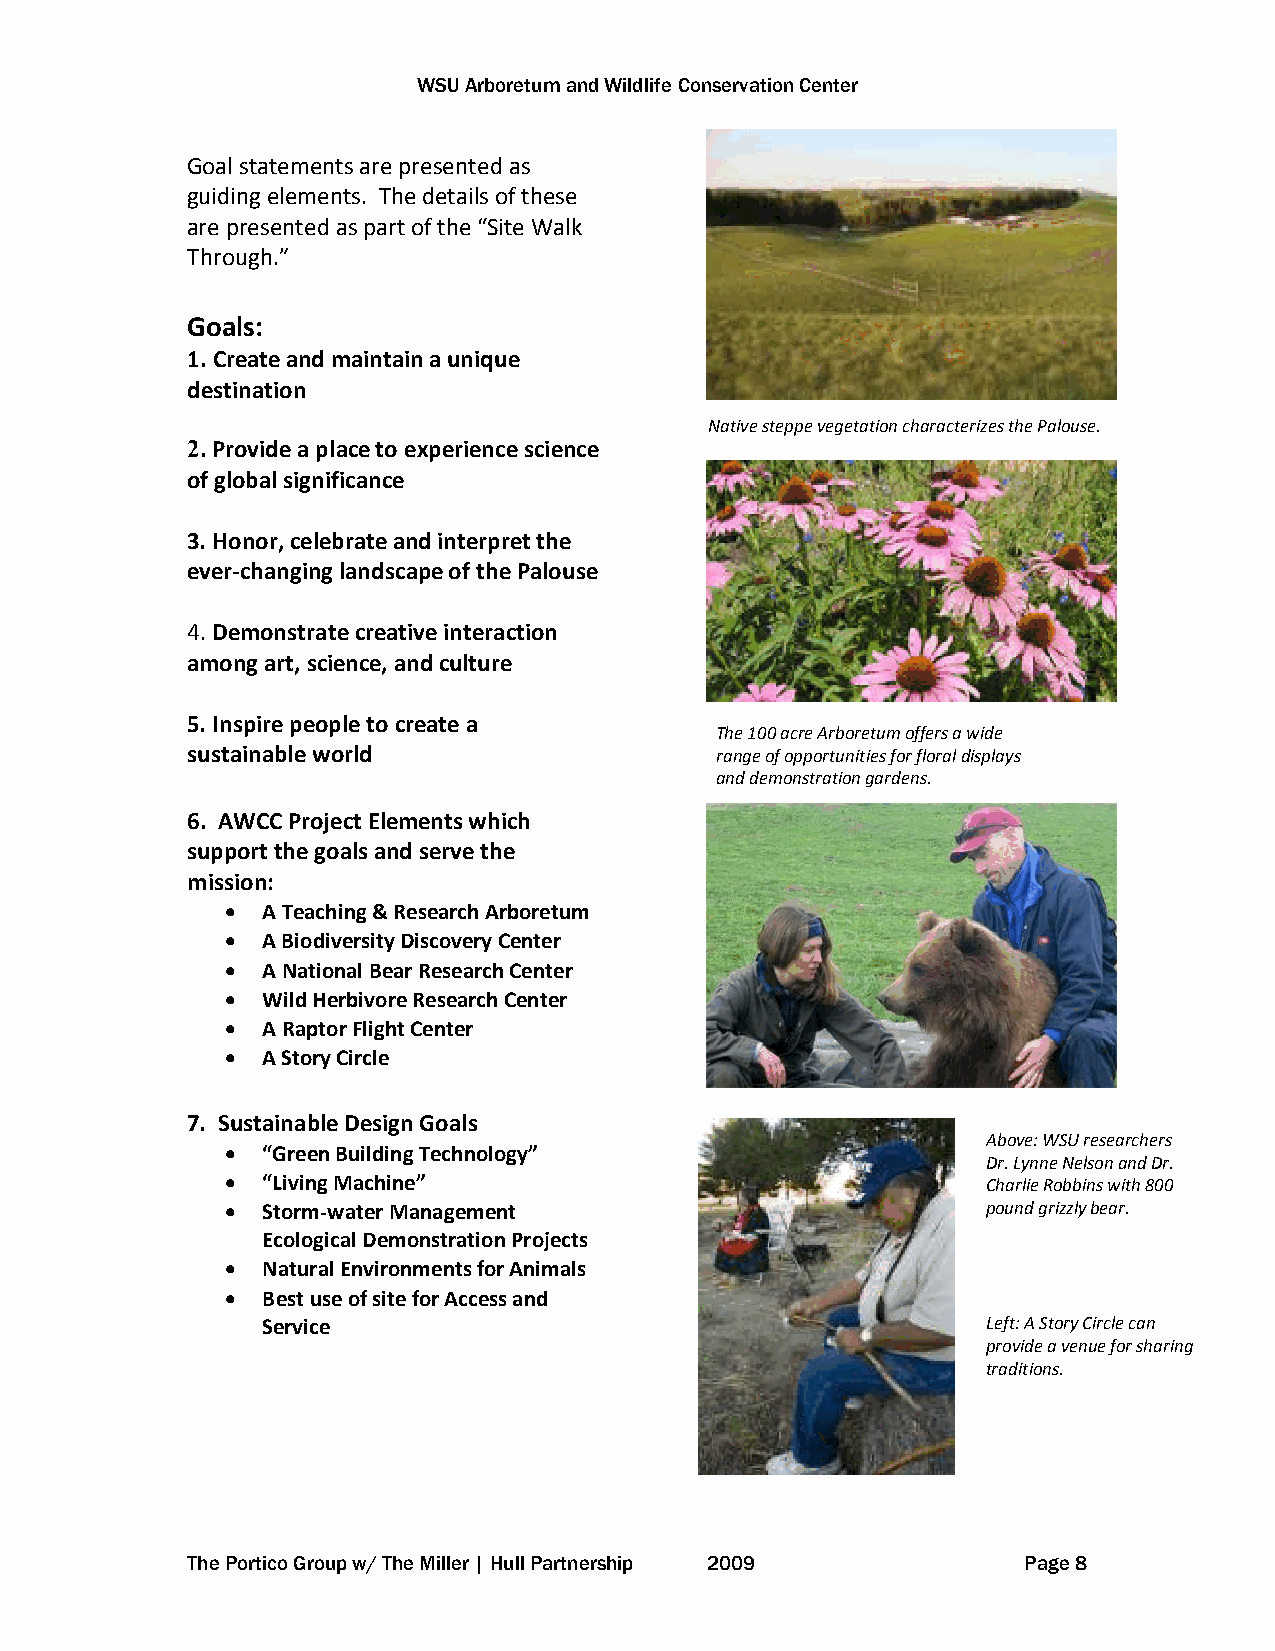
WSU Arboretum and Wildlife Conservation Center
 Goal statements are presented as
 guiding elements. The details of these
 are presented as part of the “Site Walk
 Through.”
 Goals:
 1. Create and maintain a unique
 destination
 Native steppe vegetation characterizes the Palouse.
 2. Provide a place to experience science
 of global significance
 3. Honor, celebrate and interpret the
 ever-changing landscape of the Palouse
 4. Demonstrate creative interaction
 among art, science, and culture
 5. Inspire people to create a
 The 100 acre Arboretum offers a wide
 sustainable world                  range of opportunities for floral displays
 and demonstration gardens.
 6. AWCC Project Elements which
 support the goals and serve the
 mission:
 • A Teaching & Research Arboretum
 • A Biodiversity Discovery Center
 • A National Bear Research Center
 • Wild Herbivore Research Center
 • A Raptor Flight Center
 • A Story Circle
 7. Sustainable Design Goals
 Above: WSU researchers
 • “Green Building Technology”
 Dr. Lynne Nelson and Dr.
 • “Living Machine”                                Charlie Robbins with 800
 • Storm-water Management                          pound grizzly bear.
 Ecological Demonstration Projects
 • Natural Environments for Animals
 • Best use of site for Access and
 Service                                         Left: A Story Circle can
 provide a venue for sharing
 traditions.
 The Portico Group w/ The Miller | Hull Partnership 2009 Page 8